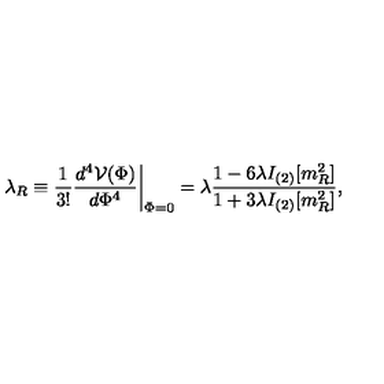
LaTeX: \lambda _ { R } \equiv { \frac { 1 } { 3 ! } } { \frac { d ^ { 4 } { \cal V } ( \Phi ) } { d \Phi ^ { 4 } } } \biggr | _ { \Phi = 0 } = \lambda { \frac { 1 - 6 \lambda I _ { ( 2 ) } [ m _ { R } ^ { 2 } ] } { 1 + 3 \lambda I _ { ( 2 ) } [ m _ { R } ^ { 2 } ] } } ,